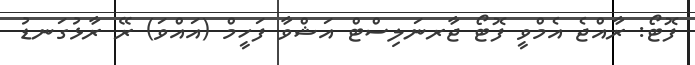
ފޮޓޯ: ރާއްޖެ އެމްވީ ފޮޓޯ ޖާރނަލިސްޓް އަޝްވާ ފަހީމް (އައްވަ) ރޭ ރާޅުގަނޑު